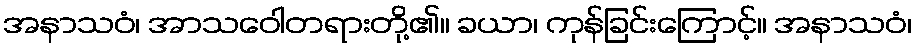
အနာသဝံ၊ အာသဝေါတရားတို့၏။ ခယာ၊ ကုန်ခြင်းကြောင့်။ အနာသဝံ၊